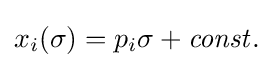
x_{i}(\sigma )=p_{i}\sigma +{\it {const.}}